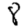
Digit: 8